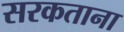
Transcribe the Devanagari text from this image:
सरकताना